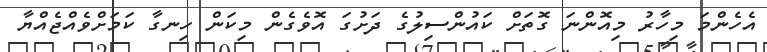
އެހެންމަ މިހާރު މިއޮންނަ ގޮތަށް ކައުންސިލުގެ ދަށުގަ އޮވެގެން މިކަން ހިނގާ ކަމަށްވެއްޖެއްޔާ